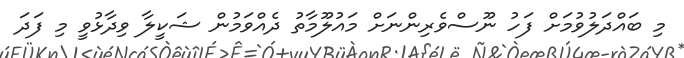
މި ބައްދަލުވުމަށް ފަހު ނޫސްވެރިންނަށް މައުލޫމާތު ދެއްވަމުން ޝަކީލާ ވިދާޅުވީ މި ފަދަ